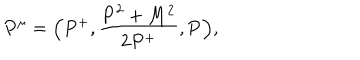
LaTeX: P ^ { \mu } = \Big ( P ^ { + } , { \frac { { \bf P } ^ { 2 } + M ^ { 2 } } { 2 P ^ { + } } } , { \bf P } \Big ) ,